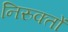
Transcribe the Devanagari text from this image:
निरुक्तों